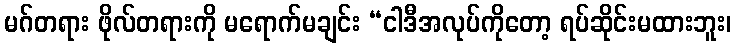
မဂ်တရား ဖိုလ်တရားကို မရောက်မချင်း “ငါဒီအလုပ်ကိုတော့ ရပ်ဆိုင်းမထားဘူး၊